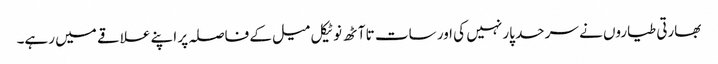
بھارتی طیاروں نے سرحد پار نہیں کی اور سات تا آٹھ نوٹیکل میل کے فاصلہ پر اپنے علاقے میں رہے۔